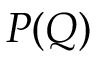
P ( Q )